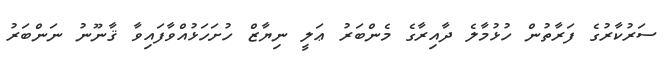
ސަރުކާރުގެ ފަރާތުން ހުޅުމާލެ ދާއިރާގެ މެންބަރު ޢަލީ ނިޔާޒް ހުށަހަޅުއްވާފައިވާ ޤާނޫނު ނަންބަރު